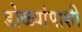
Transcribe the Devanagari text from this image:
डोळ्यांपाशी